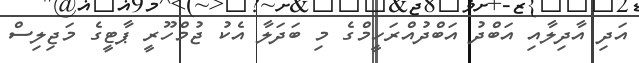
އަދި އާދިލާއި އަބްދު އަބްދުއްރަހީމްގެ މި ބަދަލާ އެކު ޖުމްހޫރީ ޕާޓީގެ މަޖިލިސް